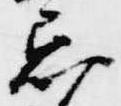
忌